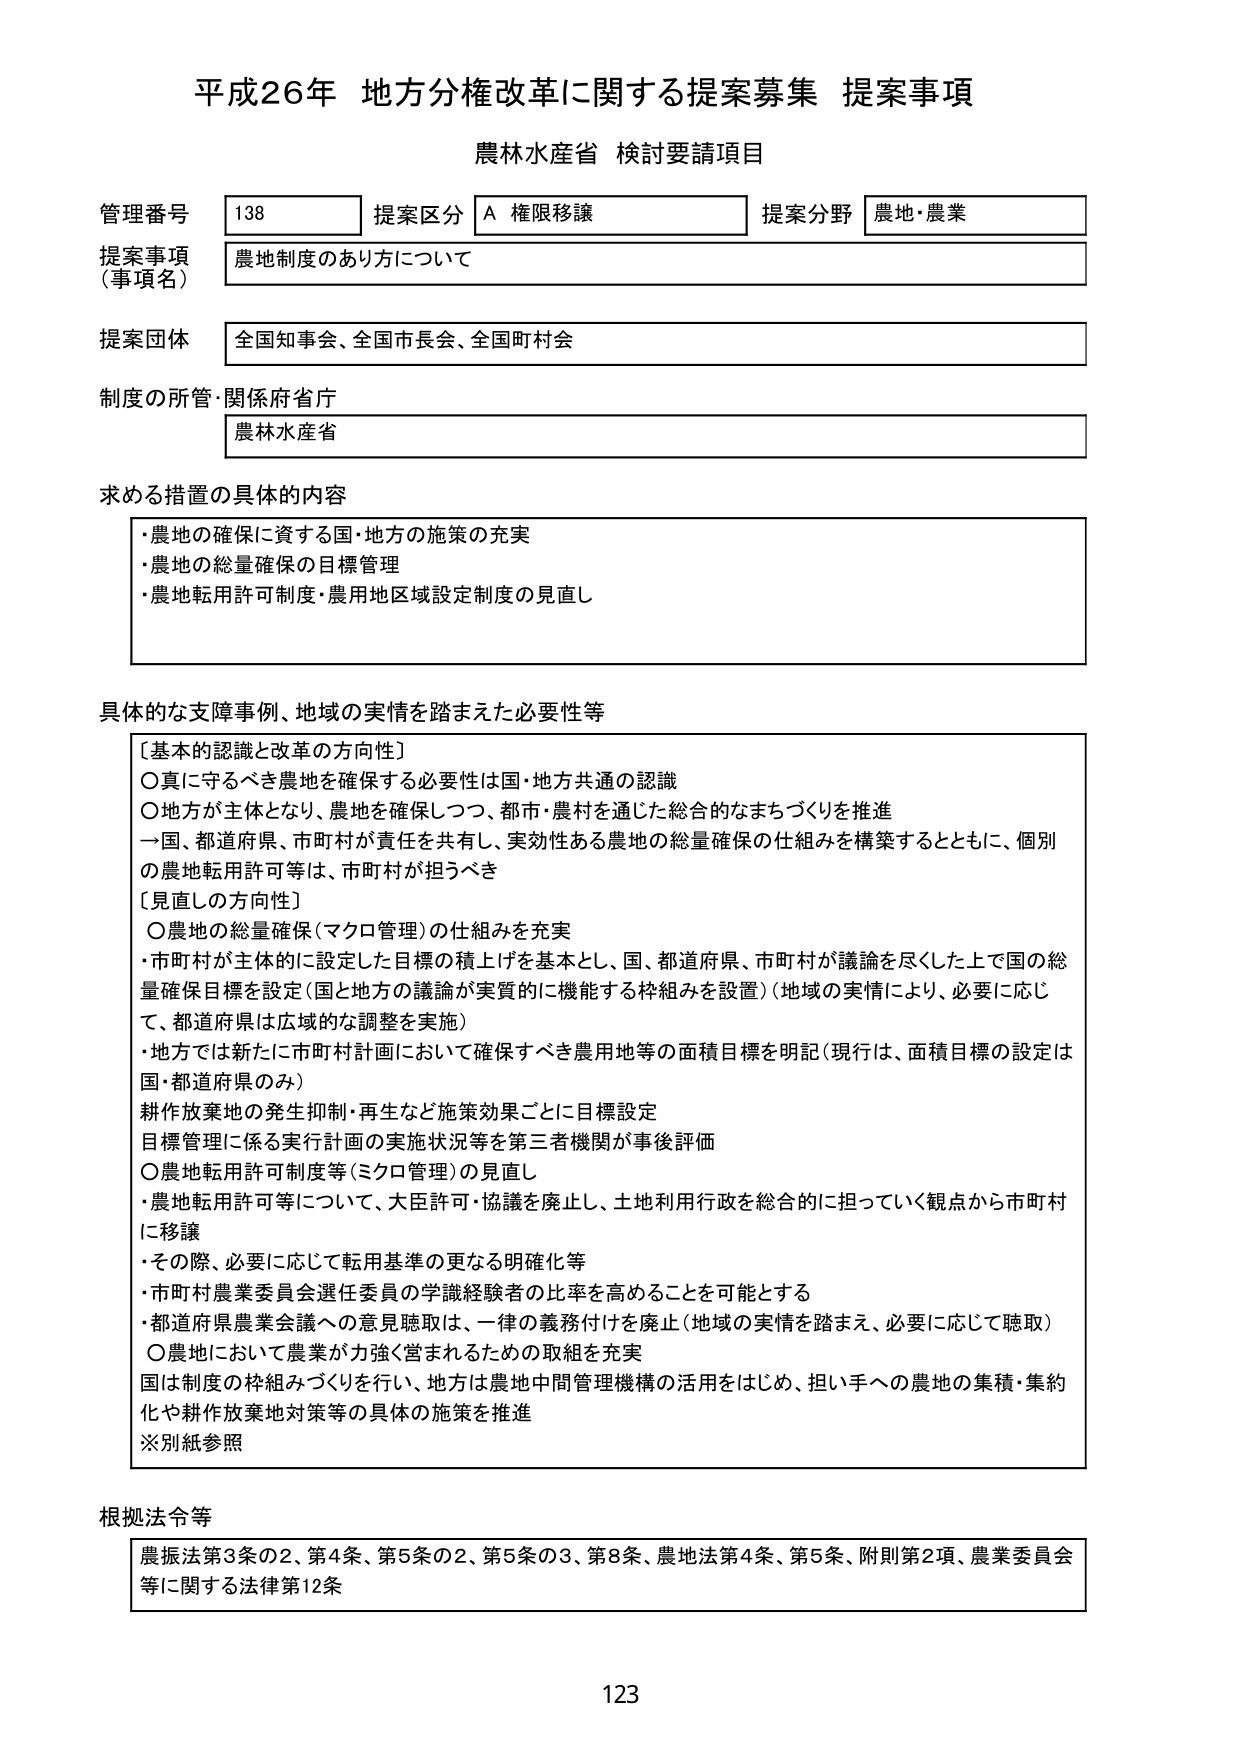
平成26年 地方分権改革に関する提案募集 提案事項
農林水産省 検討要請項目

管理番号 138 提案区分 A 権限移譲 提案分野 農地・農業
提案事項（事項名） 農地制度のあり方について
提案団体 全国知事会、全国市長会、全国町村会
制度の所管・関係府省庁 農林水産省

求める措置の具体的内容
・農地の確保に資する国・地方の施策の充実
・農地の総量確保の目標管理
・農地転用許可制度・農用地区域設定制度の見直し

具体的な支障事例、地域の実情を踏まえた必要性等
〔基本的認識と改革の方向性〕
〇真に守るべき農地を確保する必要性は国・地方共通の認識
〇地方が主体となり、農地を確保しつつ、都市・農村を通じた総合的なまちづくりを推進
→国、都道府県、市町村が責任を共有し、実効性ある農地の総量確保の仕組みを構築するとともに、個別の農地転用許可等は、市町村が担うべき

〔見直しの方向性〕
〇農地の総量確保（マクロ管理）の仕組みを充実
・市町村が主体的に設定した目標の積上げを基本とし、国、都道府県、市町村が議論を尽くした上で国の総量確保目標を設定（国と地方の議論が実質的に機能する枠組みを設置）（地域の実情により、必要に応じて、都道府県は広域的な調整を実施）
・地方では新たに市町村計画において確保すべき農用地等の面積目標を明記（現行は、面積目標の設定は国・都道府県のみ）
耕作放棄地の発生抑制・再生など施策効果ごとに目標設定
目標管理に係る実行計画の実施状況等を第三者機関が事後評価

〇農地転用許可制度等（ミクロ管理）の見直し
・農地転用許可等について、大臣許可・協議を廃止し、土地利用行政を総合的に担っていく観点から市町村に移譲
・その際、必要に応じて転用基準の更なる明確化等
・市町村農業委員会選任委員の学識経験者の比率を高めることを可能とする
・都道府県農業会議への意見聴取は、一律の義務付けを廃止（地域の実情を踏まえ、必要に応じて聴取）

〇農地において農業が力強く営まれるための取組を充実
国は制度の枠組みづくりを行い、地方は農地中間管理機構の活用をはじめ、担い手への農地の集積・集約化や耕作放棄地対策等の具体的施策を推進
※別紙参照

根拠法令等
農振法第3条の2、第4条、第5条の2、第5条の3、第8条、農地法第4条、第5条、附則第2項、農業委員会等に関する法律第12条

123